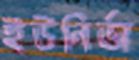
ইউনির্ভা